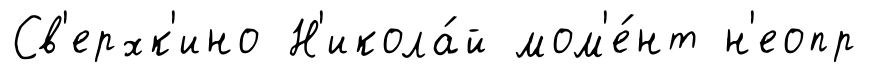
Св'ерхк'ино Н'икола́й мом'е́нт н'еопр